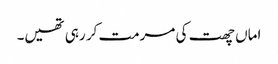
اماں چھت کی مرمت کر رہی تھیں۔